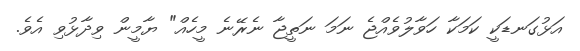
އަޅުގަނޑަކީ ކަމަކާ ހަވާލުވެއްޖެ ނަމަ ނަތީޖާ ނެރޭނެ މީހެއް" ޔާމީން ވިދާޅުވި އެވެ.